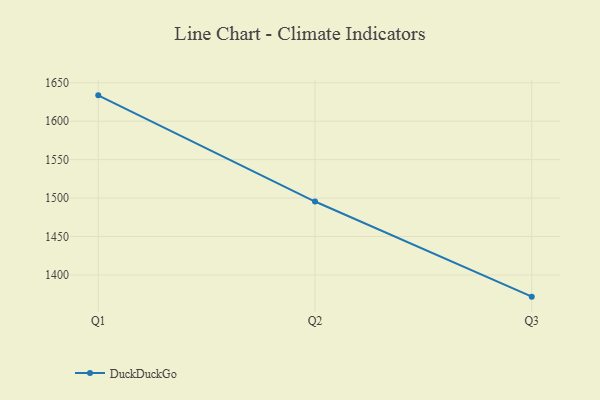
{"axis": {"x": "Quarter", "y": "Energy Usage (MWh)"}, "legend": ["DuckDuckGo"], "data": [{"x": "Q1", "y": 1633.6, "type": "DuckDuckGo"}, {"x": "Q2", "y": 1495.5, "type": "DuckDuckGo"}, {"x": "Q3", "y": 1371.8, "type": "DuckDuckGo"}]}